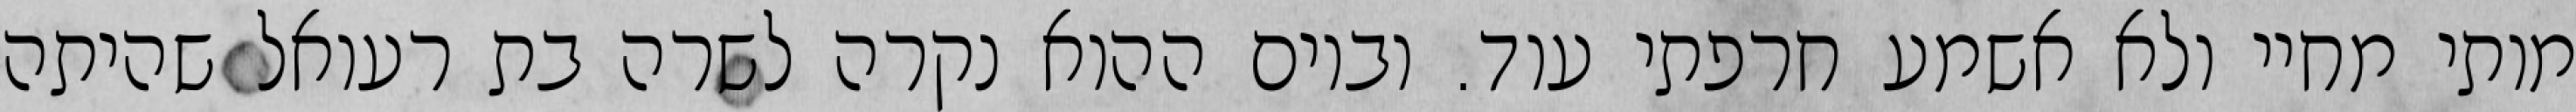
מותי מחיי ולא אשמע חרפתי עוד. וביום ההוא נקרה לשרה בת רעואל שהיתה